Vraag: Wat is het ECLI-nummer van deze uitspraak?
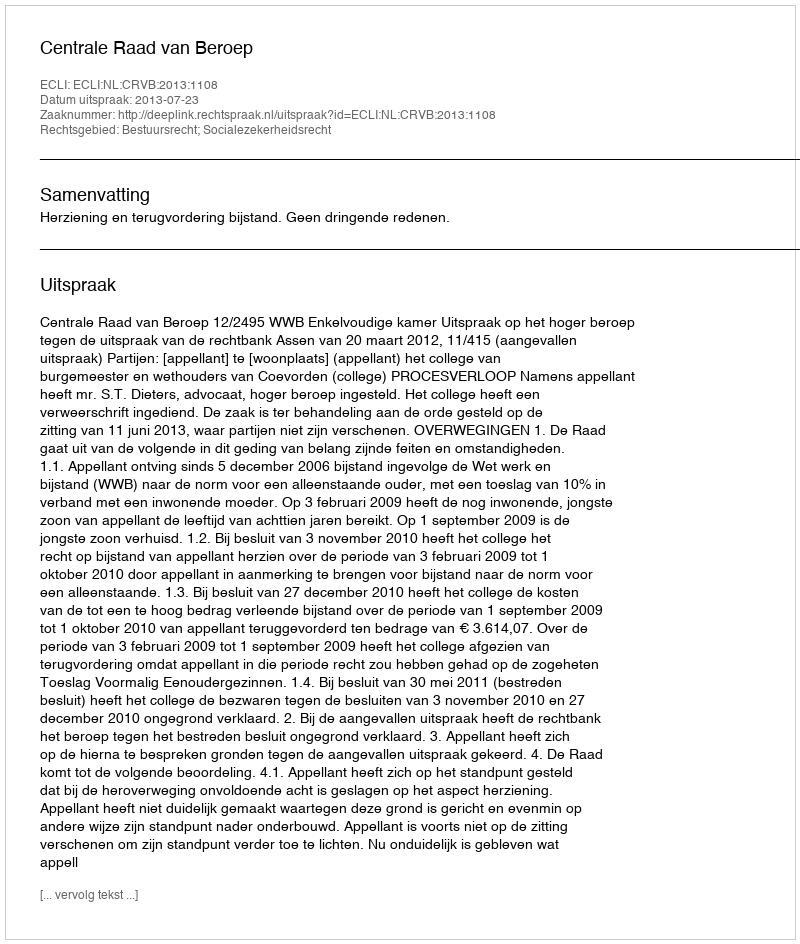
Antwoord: ECLI:NL:CRVB:2013:1108